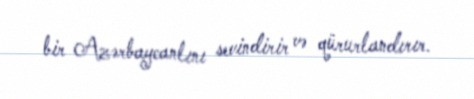
bir Azərbaycanlını sevindirir və qürurlandırır.